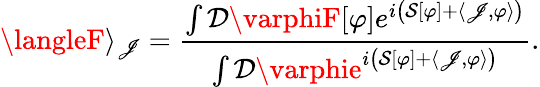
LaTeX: \langleF\rangle_{\mathscr{J}}={\frac{{\int{\mathcal{{D}}}\varphiF[\varphi]e^{i\left({\mathcal{{S}}}[\varphi]+\langle\mathscr{J},\varphi\rangle\right)}}}{{\int{\mathcal{{D}}}\varphie^{i\left({\mathcal{{S}}}[\varphi]+\langle\mathscr{J},\varphi\rangle\right)}}}}.